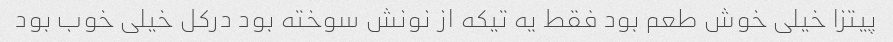
پیتزا خیلی خوش طعم بود فقط یه تیکه از نونش سوخته بود درکل خیلی خوب بود